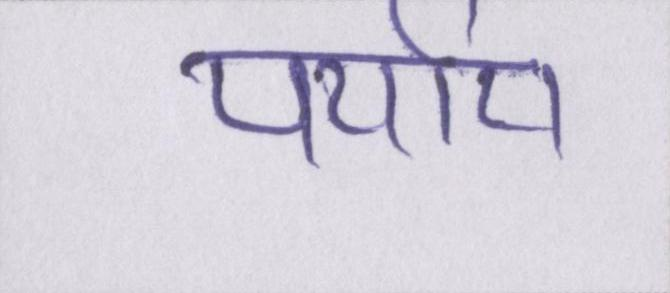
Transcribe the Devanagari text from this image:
पर्याय